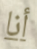
أنا